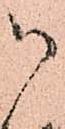
被